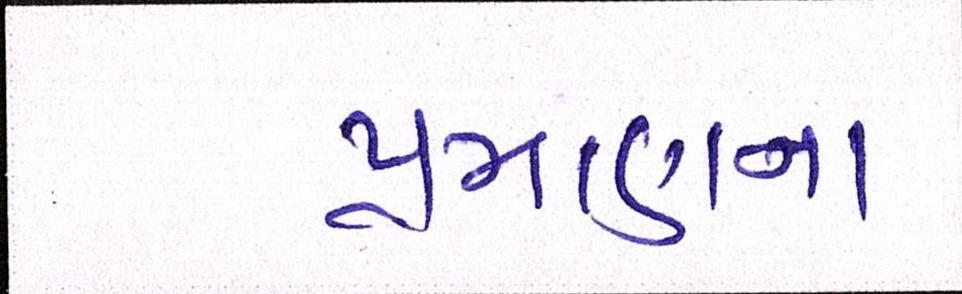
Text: પ્રમાણના